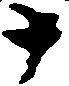
十